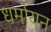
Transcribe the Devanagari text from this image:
धर्मायन